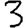
Digit: 3